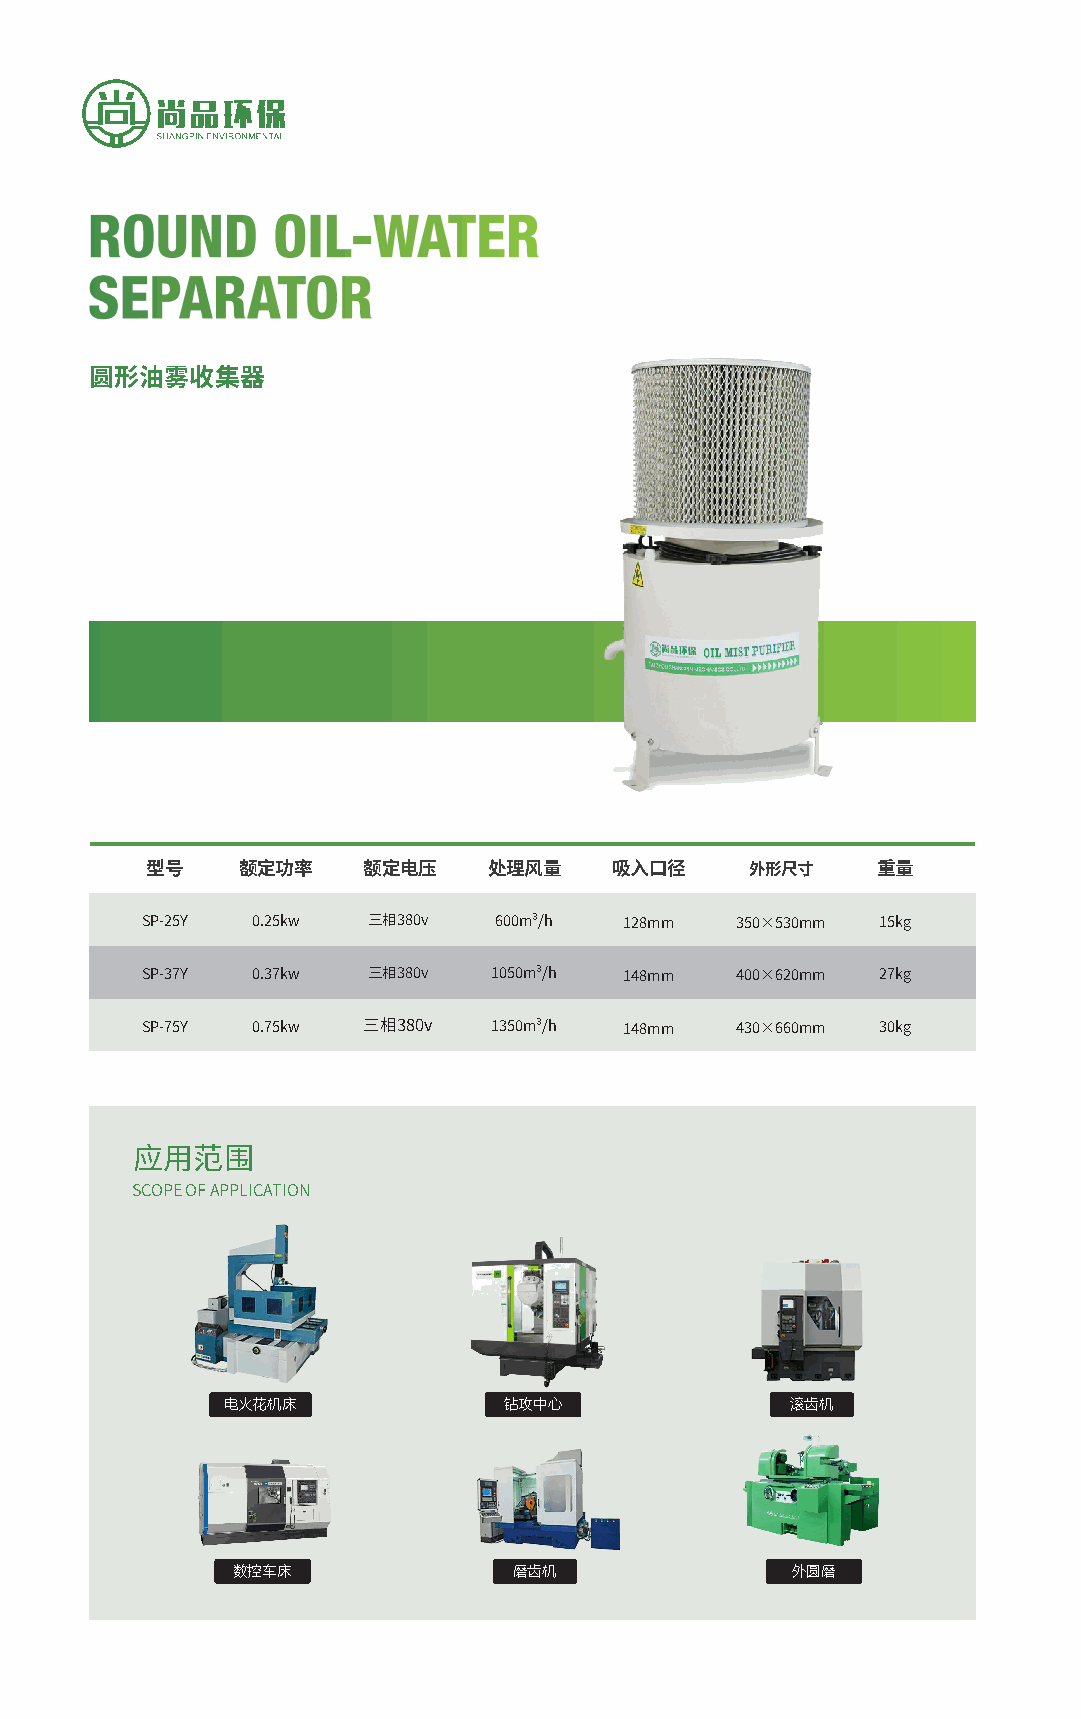
圆形油雾收集器
 型号    额定功率    额定电压    处理风量     吸入口径     外形尺寸    重量
 SP-25Y  0.25kw 三相380v   600m³/h 128mm   350×530mm 15kg
 SP-37Y  0.37kw 三相380v   1050m³/h 148mm  400×620mm 27kg
 SP-75Y  0.75kw 三相380v   1350m³/h 148mm  430×660mm 30kg
 应用范围
 SCOPE OF APPLICATION
 电火花机床             钻攻中心               滚齿机
 数控车床               磨齿机               外圆磨